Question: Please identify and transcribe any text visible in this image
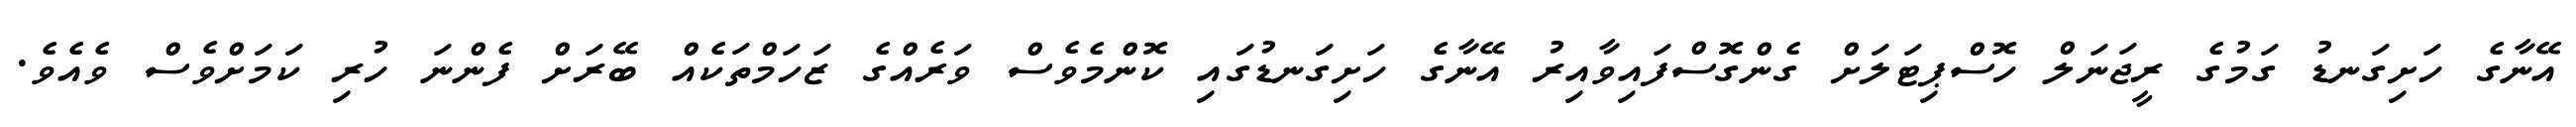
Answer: އޭނާގެ ހަށިގަނޑު ގަމުގެ ރީޖަނަލް ހޮސްޕިޓަލަށް ގެންގޮސްފައިވާއިރު އޭނާގެ ހަށިގަނޑުގައި ކޮންމެވެސް ވަރެއްގެ ޒަހަމްތަކެއް ބޭރަށް ފެންނަ ހުރި ކަމަށްވެސް ވެއެވެ.